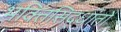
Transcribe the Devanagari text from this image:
भक्तिसिद्धांतों